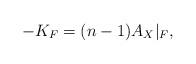
LaTeX: \begin{align*}-K_F=(n-1)A_X\vert_F,\end{align*}